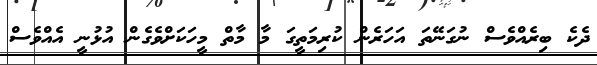
ދެކެ ބިރެއްވެސް ނުގަނޭތަ އަހަރެން ކުރިމަތީގަ މާ މާތް މީހަކަށްވެގެން އުޅުނީ އެއްވެސް